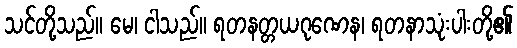
သင်တို့သည်။ မေ၊ ငါသည်။ ရတနတ္တယဂုဏေန၊ ရတနာသုံးပါးတို့၏